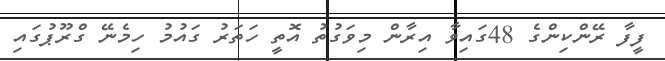
ފީފާ ރޭންކިންގެ 48ގައިވާ އިރާން މިވަގުތު އޮތީ ހަތަރު ގައުމު ހިމެނޭ ގްރޫޕުގައި